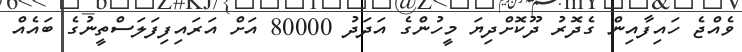
ވެއްޖެ ހައިފާއިން ގެދޮރު ދޫކޮށްދިޔަ މީހުންގެ އަދަދު 80000 އަށް އަރައިފިފަލަސްތީނުގެ ބައެއް